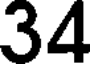
34